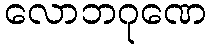
လောဘဂုဏေ